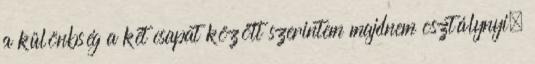
a különbség a két csapat között szerintem majdnem osztálynyi,